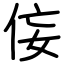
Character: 侫